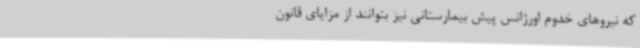
که نیروهای خدوم اورژانس پیش بیمارستانی نیز بتوانند از مزایای قانون